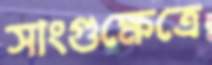
সাংগুক্ষেত্রে